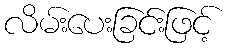
လိမ်းပေးခြင်းဖြင့်